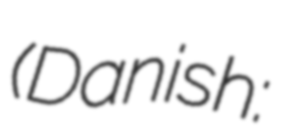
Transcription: (Danish: